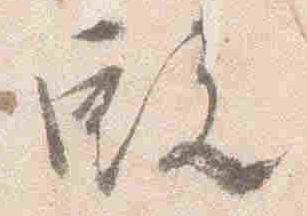
殿